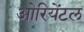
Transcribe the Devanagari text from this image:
ओरियेंटल